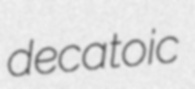
decatoic